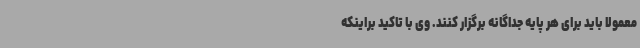
معمولا باید برای هر پایه جداگانه برگزار کنند. وی با تاکید براینکه